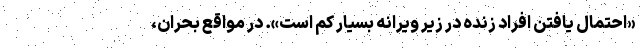
«احتمال یافتن افراد زنده در زیر ویرانه بسیار کم است». در مواقع بحران،